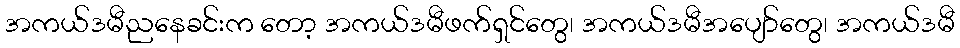
အကယ်ဒမီညနေခင်းက တော့ အကယ်ဒမီဖက်ရှင်တွေ၊ အကယ်ဒမီအပျော်တွေ၊ အကယ်ဒမီ